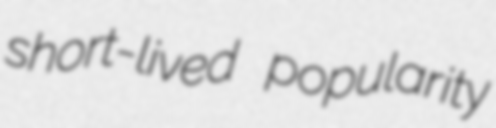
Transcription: short-lived popularity